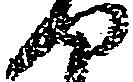
せ